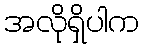
အလိုရှိပါက